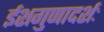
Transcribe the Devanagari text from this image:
ईशगुणादर्शः